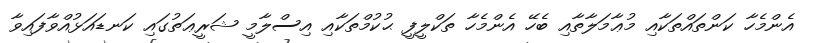
އެންމެހާ ކަންތައްތަކާއި މުޢާމަލާތާއި ބެހޭ އެންމެހާ ތަކްލީފީ ޙުކުމްތަކާއި އިސްލާމީ ޝަރީޢަތުގައި ކަނޑައަޅުއްވާފައިވާ